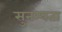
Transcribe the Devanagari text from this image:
सुनम्यता